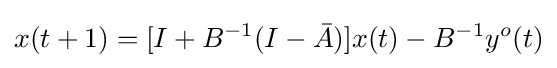
x(t+1)=[I+B^{-1}(I-{\bar {A}})]x(t)-B^{-1}y^{o}(t)